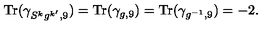
{ \mathrm { T r } } ( \gamma _ { S ^ { k } g ^ { k ^ { \prime } } , 9 } ) = { \mathrm { T r } } ( \gamma _ { g , 9 } ) = { \mathrm { T r } } ( \gamma _ { g ^ { - 1 } , 9 } ) = - 2 .